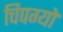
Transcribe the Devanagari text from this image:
चिपग्यो